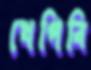
খেপিবি